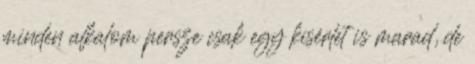
minden alkalom persze csak egy kísérlet is marad, de